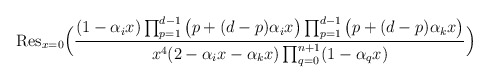
\begin{align*}\mathrm{Res}_{x=0}\Big(\frac{(1- \alpha_i x)\prod_{p=1}^{d-1}\big(p +(d-p) \alpha_i x\big)\prod_{p=1}^{d-1}\big(p +(d-p) \alpha_k x\big)}{x^{4}(2- \alpha_i x- \alpha_k x)\prod_{q=0}^{n+1}(1- \alpha_qx)}\Big)\end{align*}